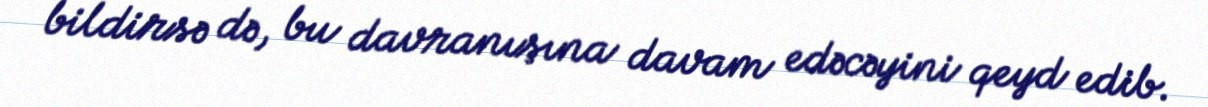
bildirsə də, bu davranışına davam edəcəyini qeyd edib.